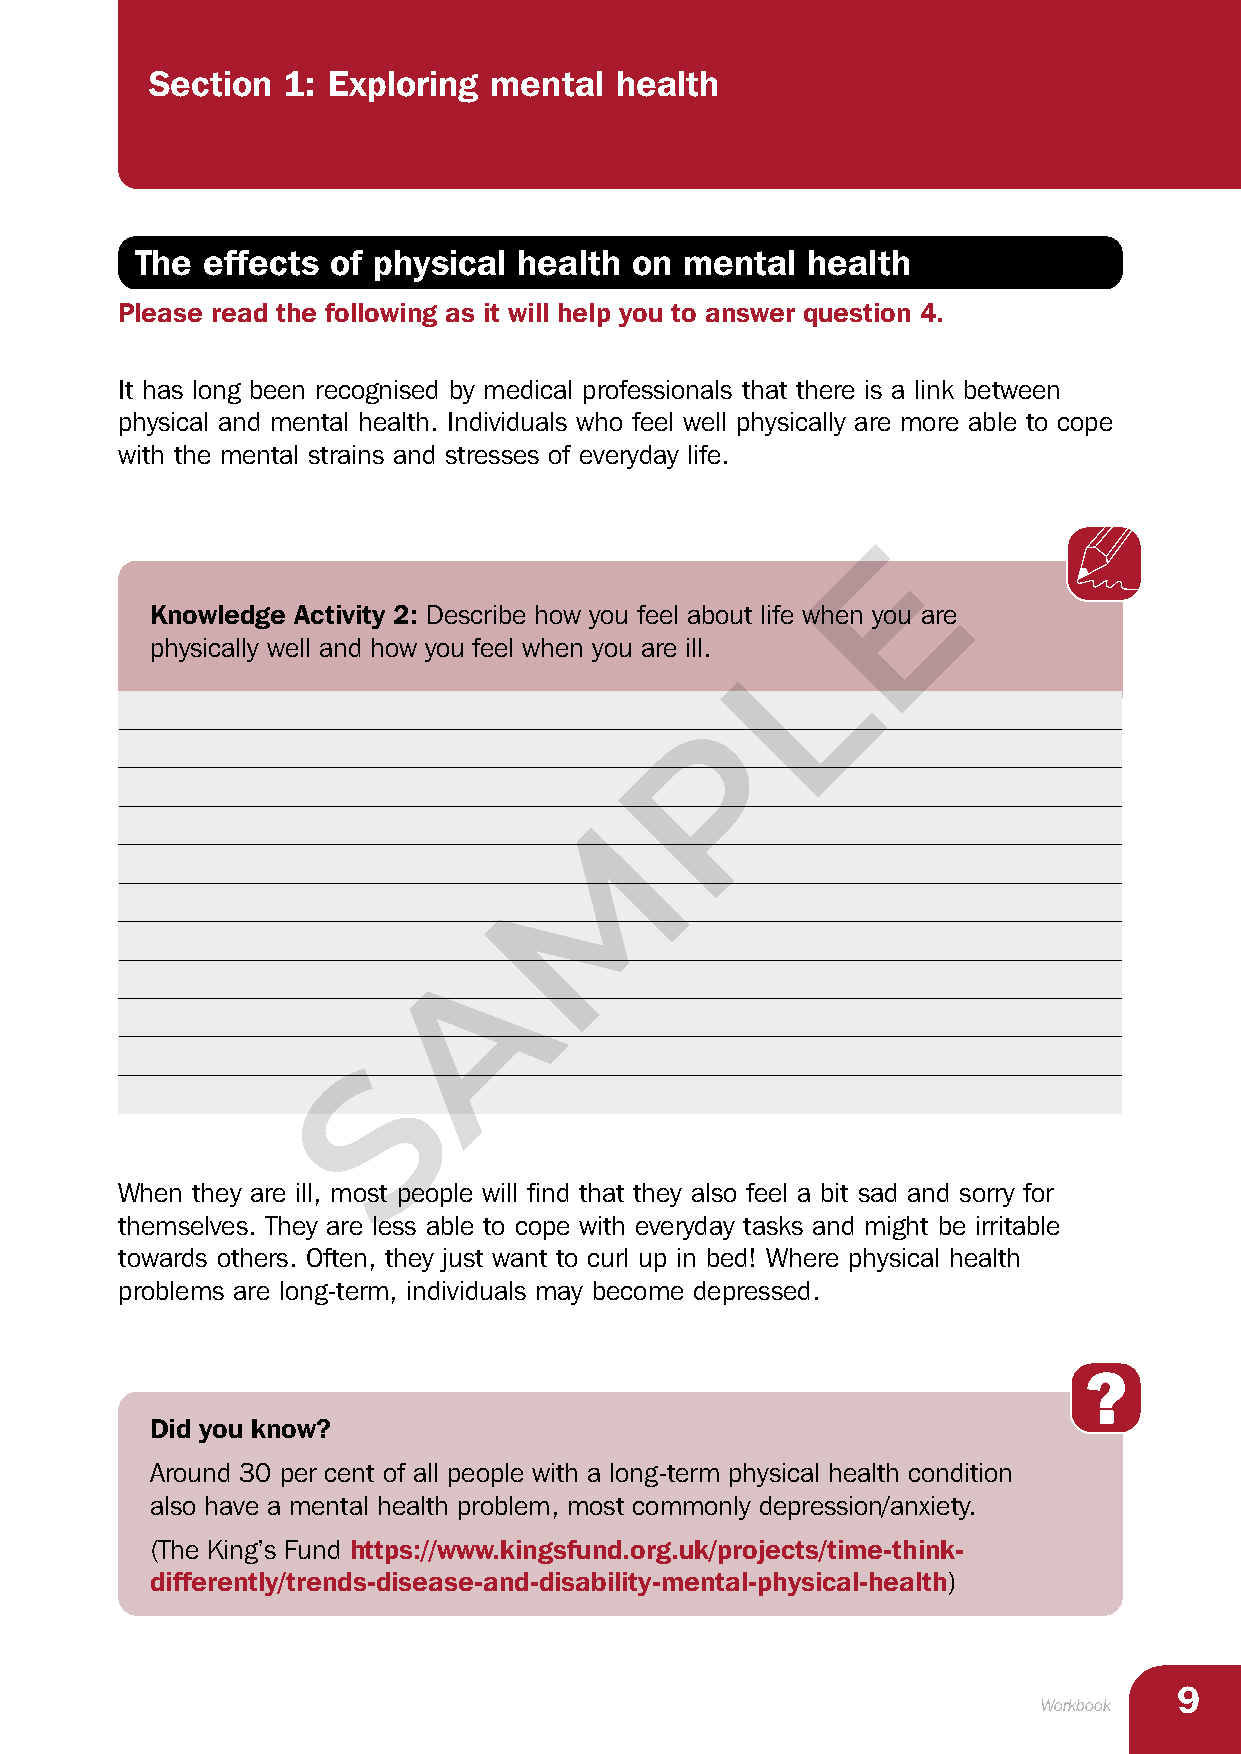
Section  1: Exploring mental   health
 The effects  of physical health  on mental  health
 Please read the following as it will help you to answer question 4.
 It has long been recognised by medical professionals that there is a link between
 physical and mental health. Individuals who feel well physically are more able to cope
 with the mental strains and stresses of everyday life.
 E
 Knowledge Activity 2: Describe how you feel about life when you are
 L
 physically well and how you feel when you are ill.
 P
 M
 A
 S
 When they are ill, most people will find that they also feel a bit sad and sorry for
 themselves. They are less able to cope with everyday tasks and might be irritable
 towards others. Often, they just want to curl up in bed! Where physical health
 problems are long-term, individuals may become depressed.
 Did you know?
 Around 30 per cent of all people with a long-term physical health condition
 also have a mental health problem, most commonly depression/anxiety.
 (The King’s Fund https://www.kingsfund.org.uk/projects/time-think-
 differently/trends-disease-and-disability-mental-physical-health)
 9
 Workbook